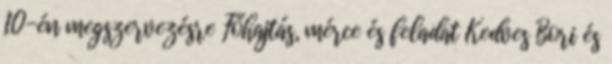
10-én megszervezésre Főhajtás, mérce és feladat Kedves Bori és